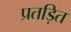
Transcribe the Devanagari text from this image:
प्रतड़ित